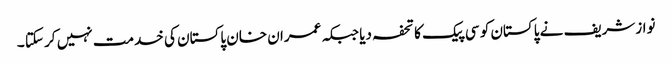
نوازشریف نے پاکستان کو سی پیک کا تحفہ دیا جبکہ عمران خان پاکستان کی خدمت نہیں کر سکتا ۔